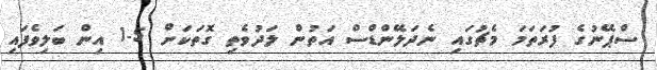
ސްޕޭނުގެ ފުރަތަމަ މެޗުގައި ނެދަލޭންޑްސް އަތުން ލަދުވެތި ގޮތަކަށް 5-1 އިން ބަލިވެފައި